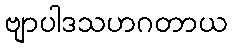
ဗျာပါဒသဟဂတာယ